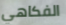
الفكاهي